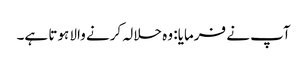
آپ نے فرمایا: وہ حلالہ کرنے والا ہوتا ہے۔